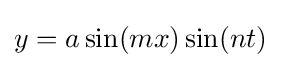
y=a\sin(mx)\sin(nt)